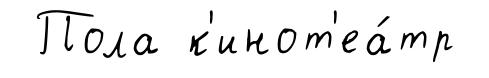
Пола к'инот'еа́тр